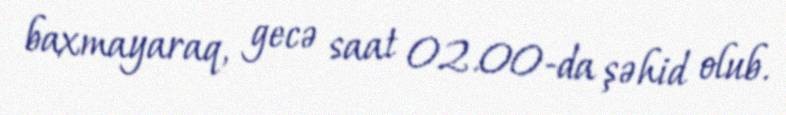
baxmayaraq, gecə saat 02.00-da şəhid olub.